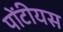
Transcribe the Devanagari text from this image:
पोंटीयस